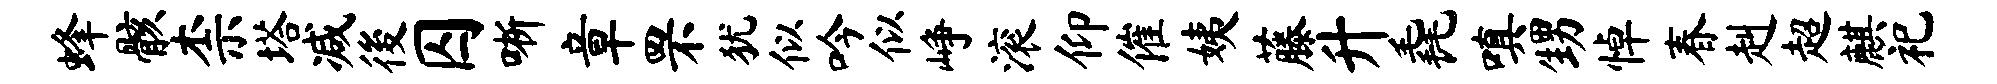
蜂骸柰塔减後囚晰章罘犹似吟似峥滚仰催姨藤升毳嗔甥悼春赳超麒祀